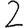
Digit: 2